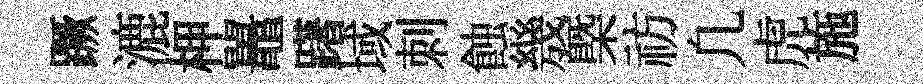
蹶漉柙鼉躇域刺蝕㡬㮣祊凢虎施